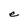
Character: e